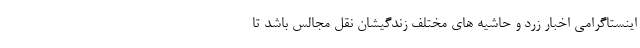
اینستاگرامی اخبار زرد و حاشیه های مختلف زندگیشان نقل مجالس باشد تا